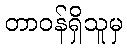
တာဝန်ရှိသူမှ